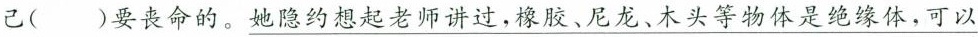
己( )要丧命的。 \underline{她隐约想起老师讲过，橡胶、尼龙、木头等物体是绝缘体，可以}